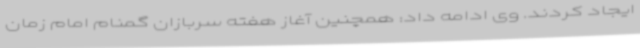
ایجاد کردند. وی ادامه داد: همچنین آغاز هفته سربازان گمنام امام زمان